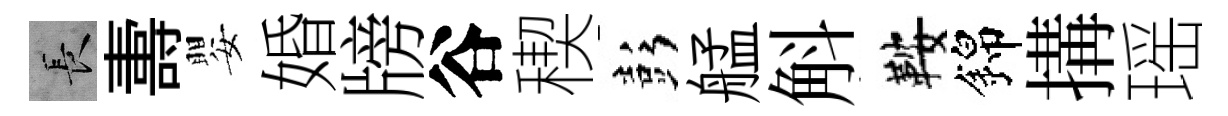
长夀嬰婚牓谷稧彭艋斛鞍錦搆瑶